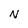
Character: N